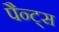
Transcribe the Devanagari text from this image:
पैन्ट्स